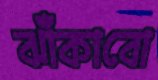
ঝাঁকাবো